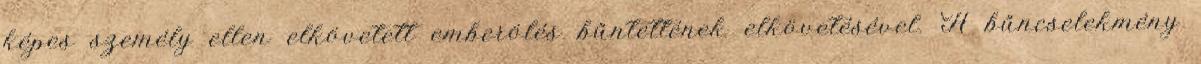
képes személy ellen elkövetett emberölés bűntettének elkövetésével. A bűncselekmény